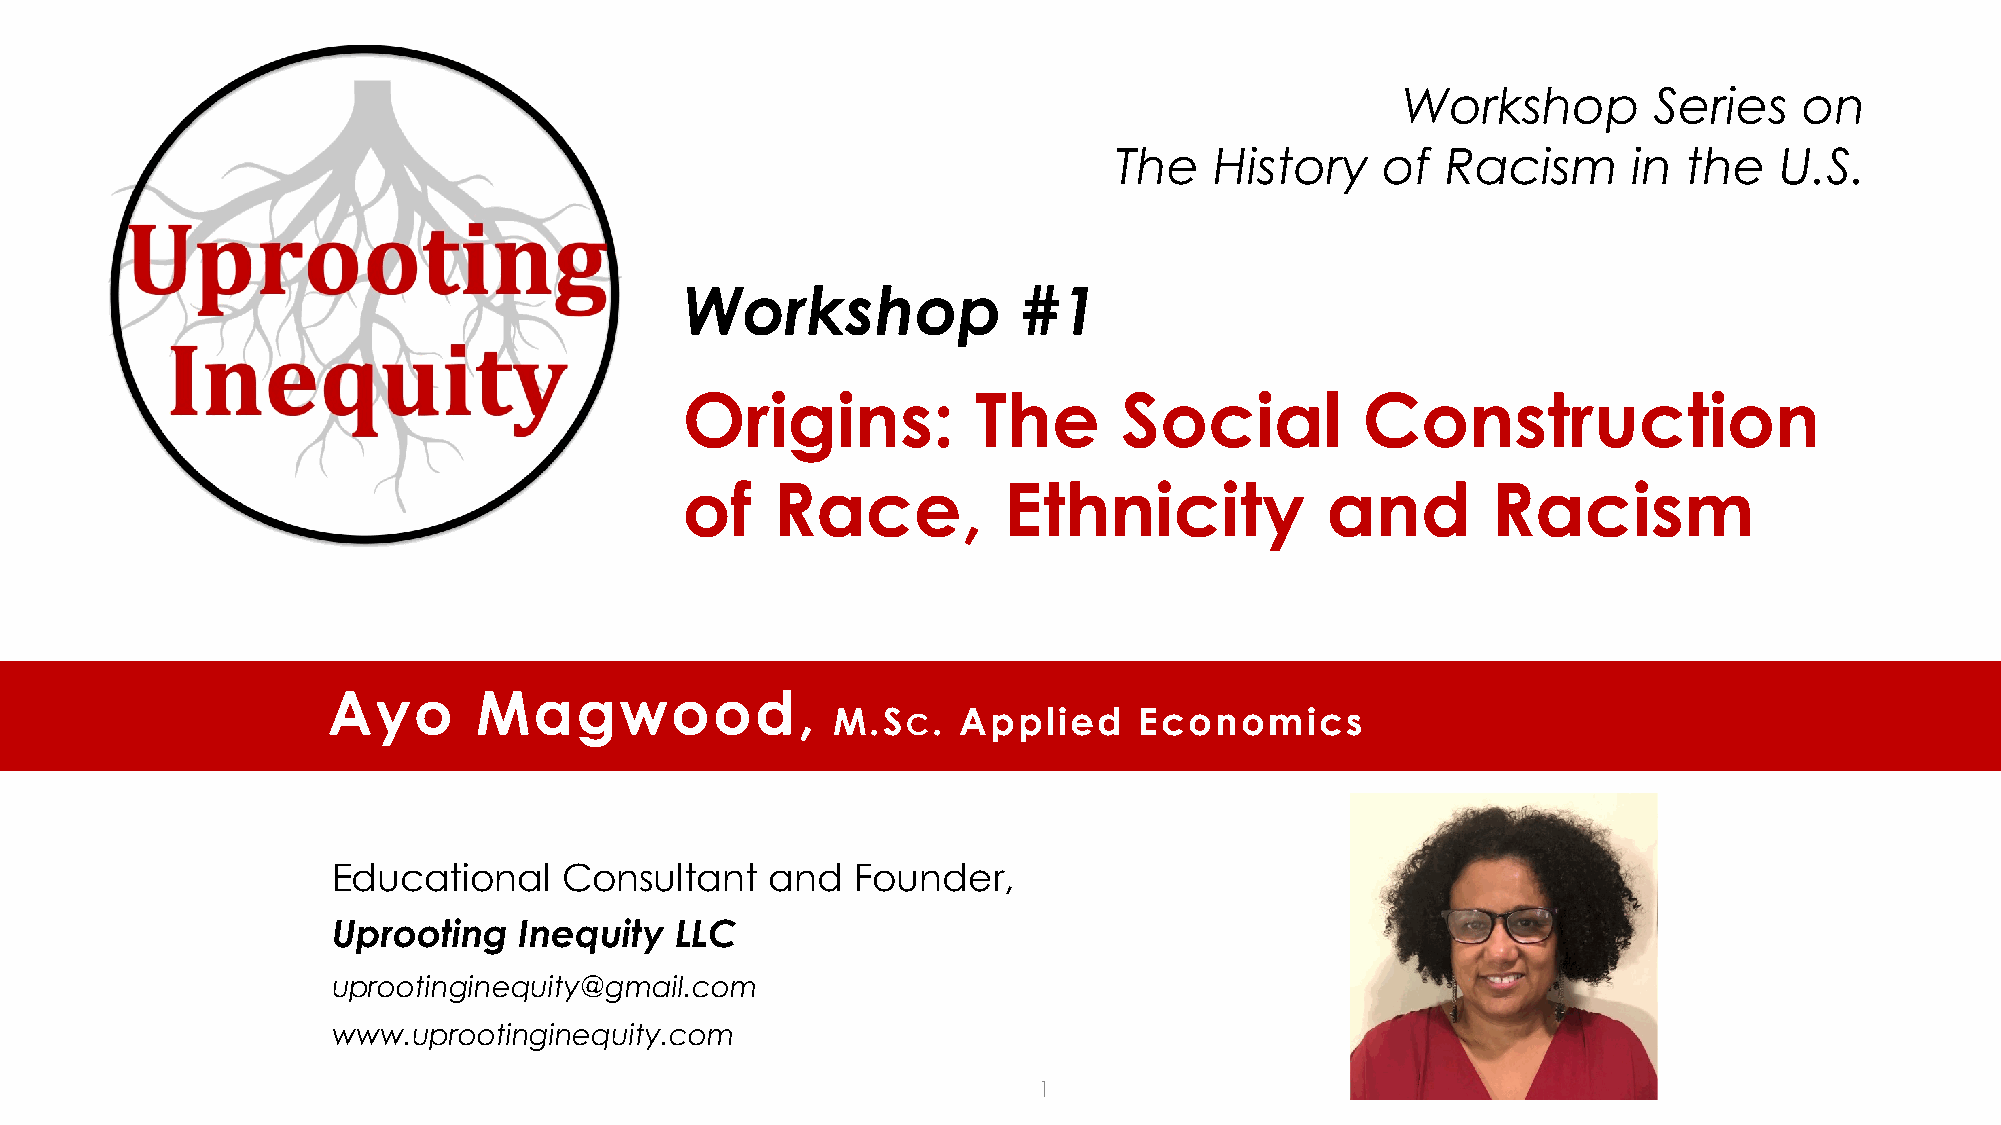
Workshop        Series    on
 The   History    of   Racism      in  the   U.S.
 Workshop               #1
 Origins:            The      Social          Construction
 of    Race,          Ethnicity             and        Racism
 Ayo      Magwood,
 M.S    . Applied    Economics
 C
 Educational    Consultant    and  Founder,
 Uprooting   Inequity   LLC
 uprootinginequity@gmail.com
 www.uprootinginequity.com
 1